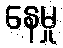
နေမှု